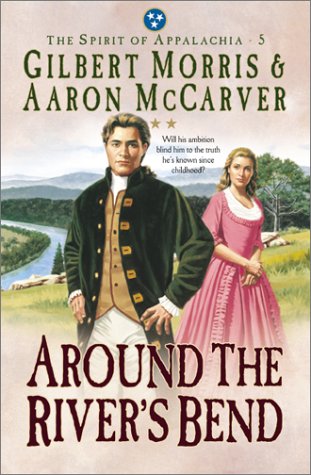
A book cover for Around the River's Bend (The Spirit of Appalachia Series #5); Gilbert Morris; Christian Books & Bibles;